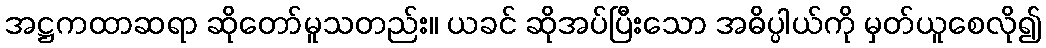
အဋ္ဌကထာဆရာ ဆိုတော်မူသတည်း။ ယခင် ဆိုအပ်ပြီးသော အဓိပ္ပါယ်ကို မှတ်ယူစေလို၍